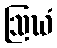
ဩဃံ